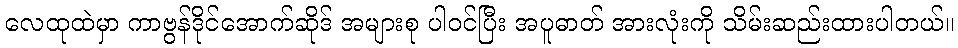
လေထုထဲမှာ ကာဗွန်ဒိုင်အောက်ဆိုဒ် အများစု ပါဝင်ပြီး အပူဓာတ် အားလုံးကို သိမ်းဆည်းထားပါတယ်။